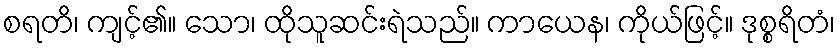
စရတိ၊ ကျင့်၏။ သော၊ ထိုသူဆင်းရဲသည်။ ကာယေန၊ ကိုယ်ဖြင့်။ ဒုစ္စရိတံ၊